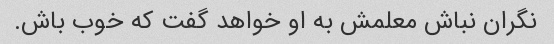
نگران نباش معلمش به او خواهد گفت که خوب باش.